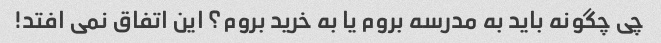
چی چگونه باید به مدرسه بروم یا به خرید بروم؟ این اتفاق نمی افتد!